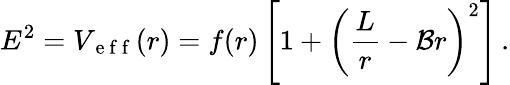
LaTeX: E^{2}=V_{\mathrm{~e~f~f~}}(r)=f(r)\left[1+\left(\frac{L}{r}-\mathcal{B}r\right)^{2}\right]\, .